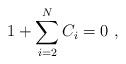
LaTeX: \begin{align*}1+\sum_{i=2}^{N}C_i=0\ , \end{align*}